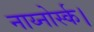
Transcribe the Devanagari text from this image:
नाय्नोर्स्क।